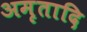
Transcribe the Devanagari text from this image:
अमृतादि